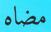
مضاه